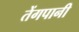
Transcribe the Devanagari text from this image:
तेंगपानी